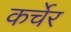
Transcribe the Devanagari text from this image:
कर्चेर